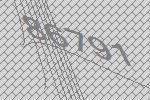
86791